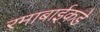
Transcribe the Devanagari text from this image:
रमाबाईकडे